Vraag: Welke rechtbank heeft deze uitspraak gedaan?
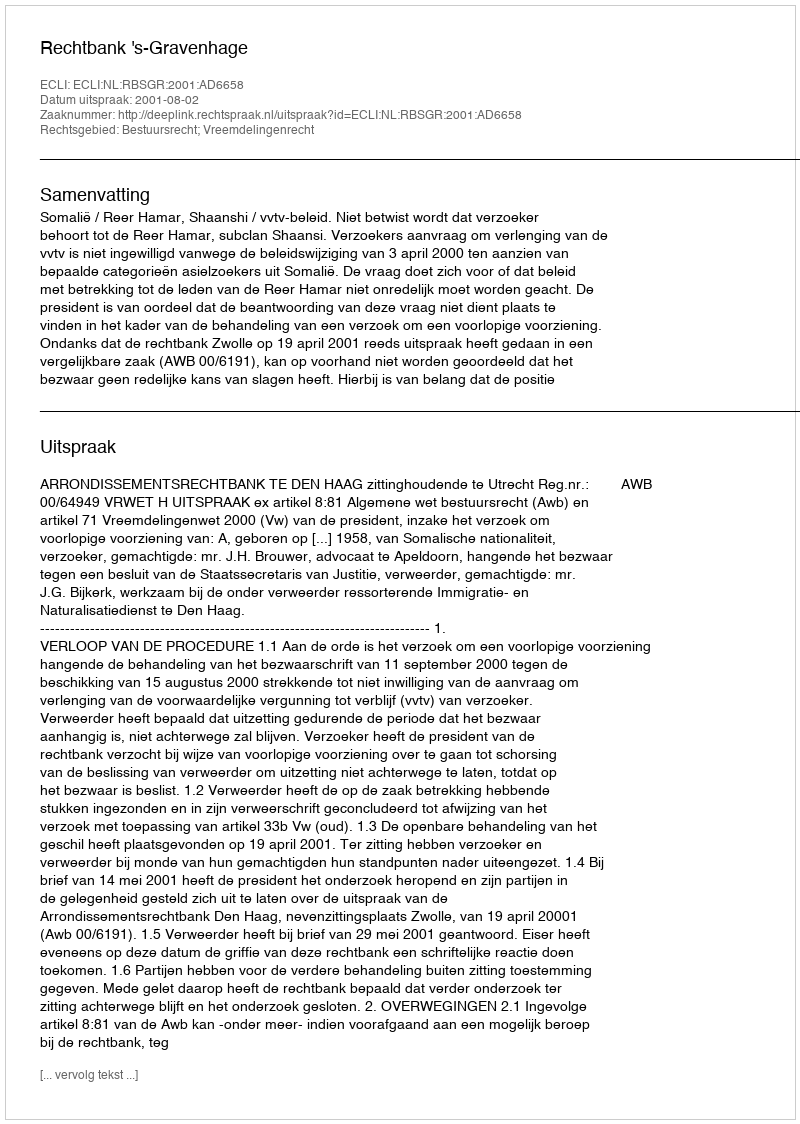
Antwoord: Rechtbank 's-Gravenhage